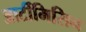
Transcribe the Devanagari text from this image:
आर्टीमिसिन